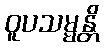
ဝူပသမ္မန္တိ